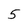
Character: 5